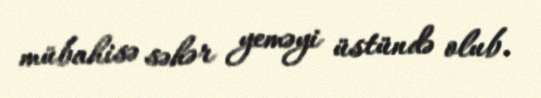
mübahisə səhər yeməyi üstündə olub.